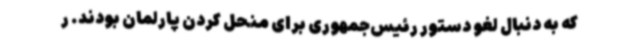
که به دنبال لغو دستور رئیس‌جمهوری برای منحل کردن پارلمان بودند. ر